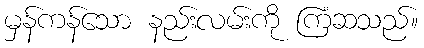
မှန်ကန်သော နည်းလမ်းကို ကြံဆသည်။